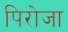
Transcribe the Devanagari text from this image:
पिरोजा